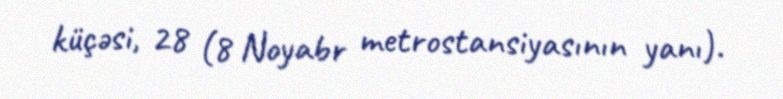
küçəsi, 28 (8 Noyabr metrostansiyasının yanı).